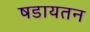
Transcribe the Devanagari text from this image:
षडायतन